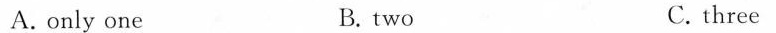
A.only one B.two C. three